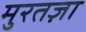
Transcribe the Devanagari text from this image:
मुरतज़ा